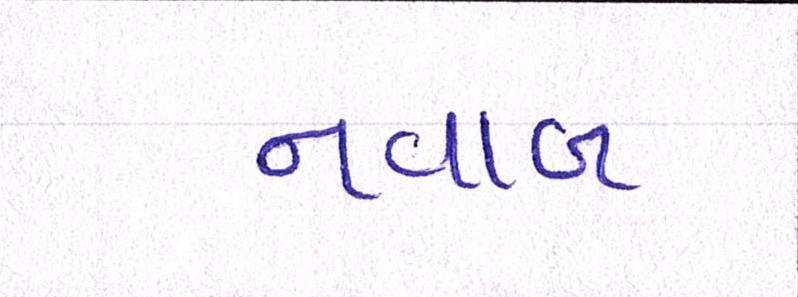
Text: નવાબ